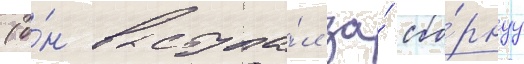
(о́н выступа́л за́ сбо́рнуу